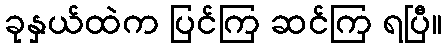
ခုနှယ်ထဲက ပြင်ကြ ဆင်ကြ ရပြီ။